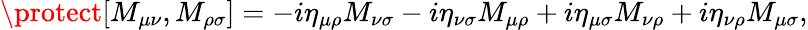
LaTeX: \protect[M_{\mu\nu},M_{\rho\sigma}]=-i\eta_{\mu\rho}M_{\nu\sigma}-i\eta_{\nu\sigma}M_{\mu\rho}+i\eta_{\mu\sigma}M_{\nu\rho}+i\eta_{\nu\rho}M_{\mu\sigma},